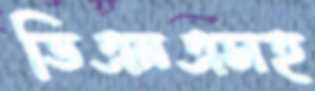
ডিএনএসহ